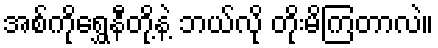
အစ်ကိုရွှေနီတို့နဲ့ ဘယ်လို တိုးမိကြတာလဲ။